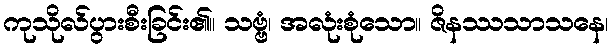
ကုသိုလ်ပွားစီးခြင်း၏။ သဗ္ဗံ၊ အလုံးစုံသော။ ဇိနဿသာသနေ၊